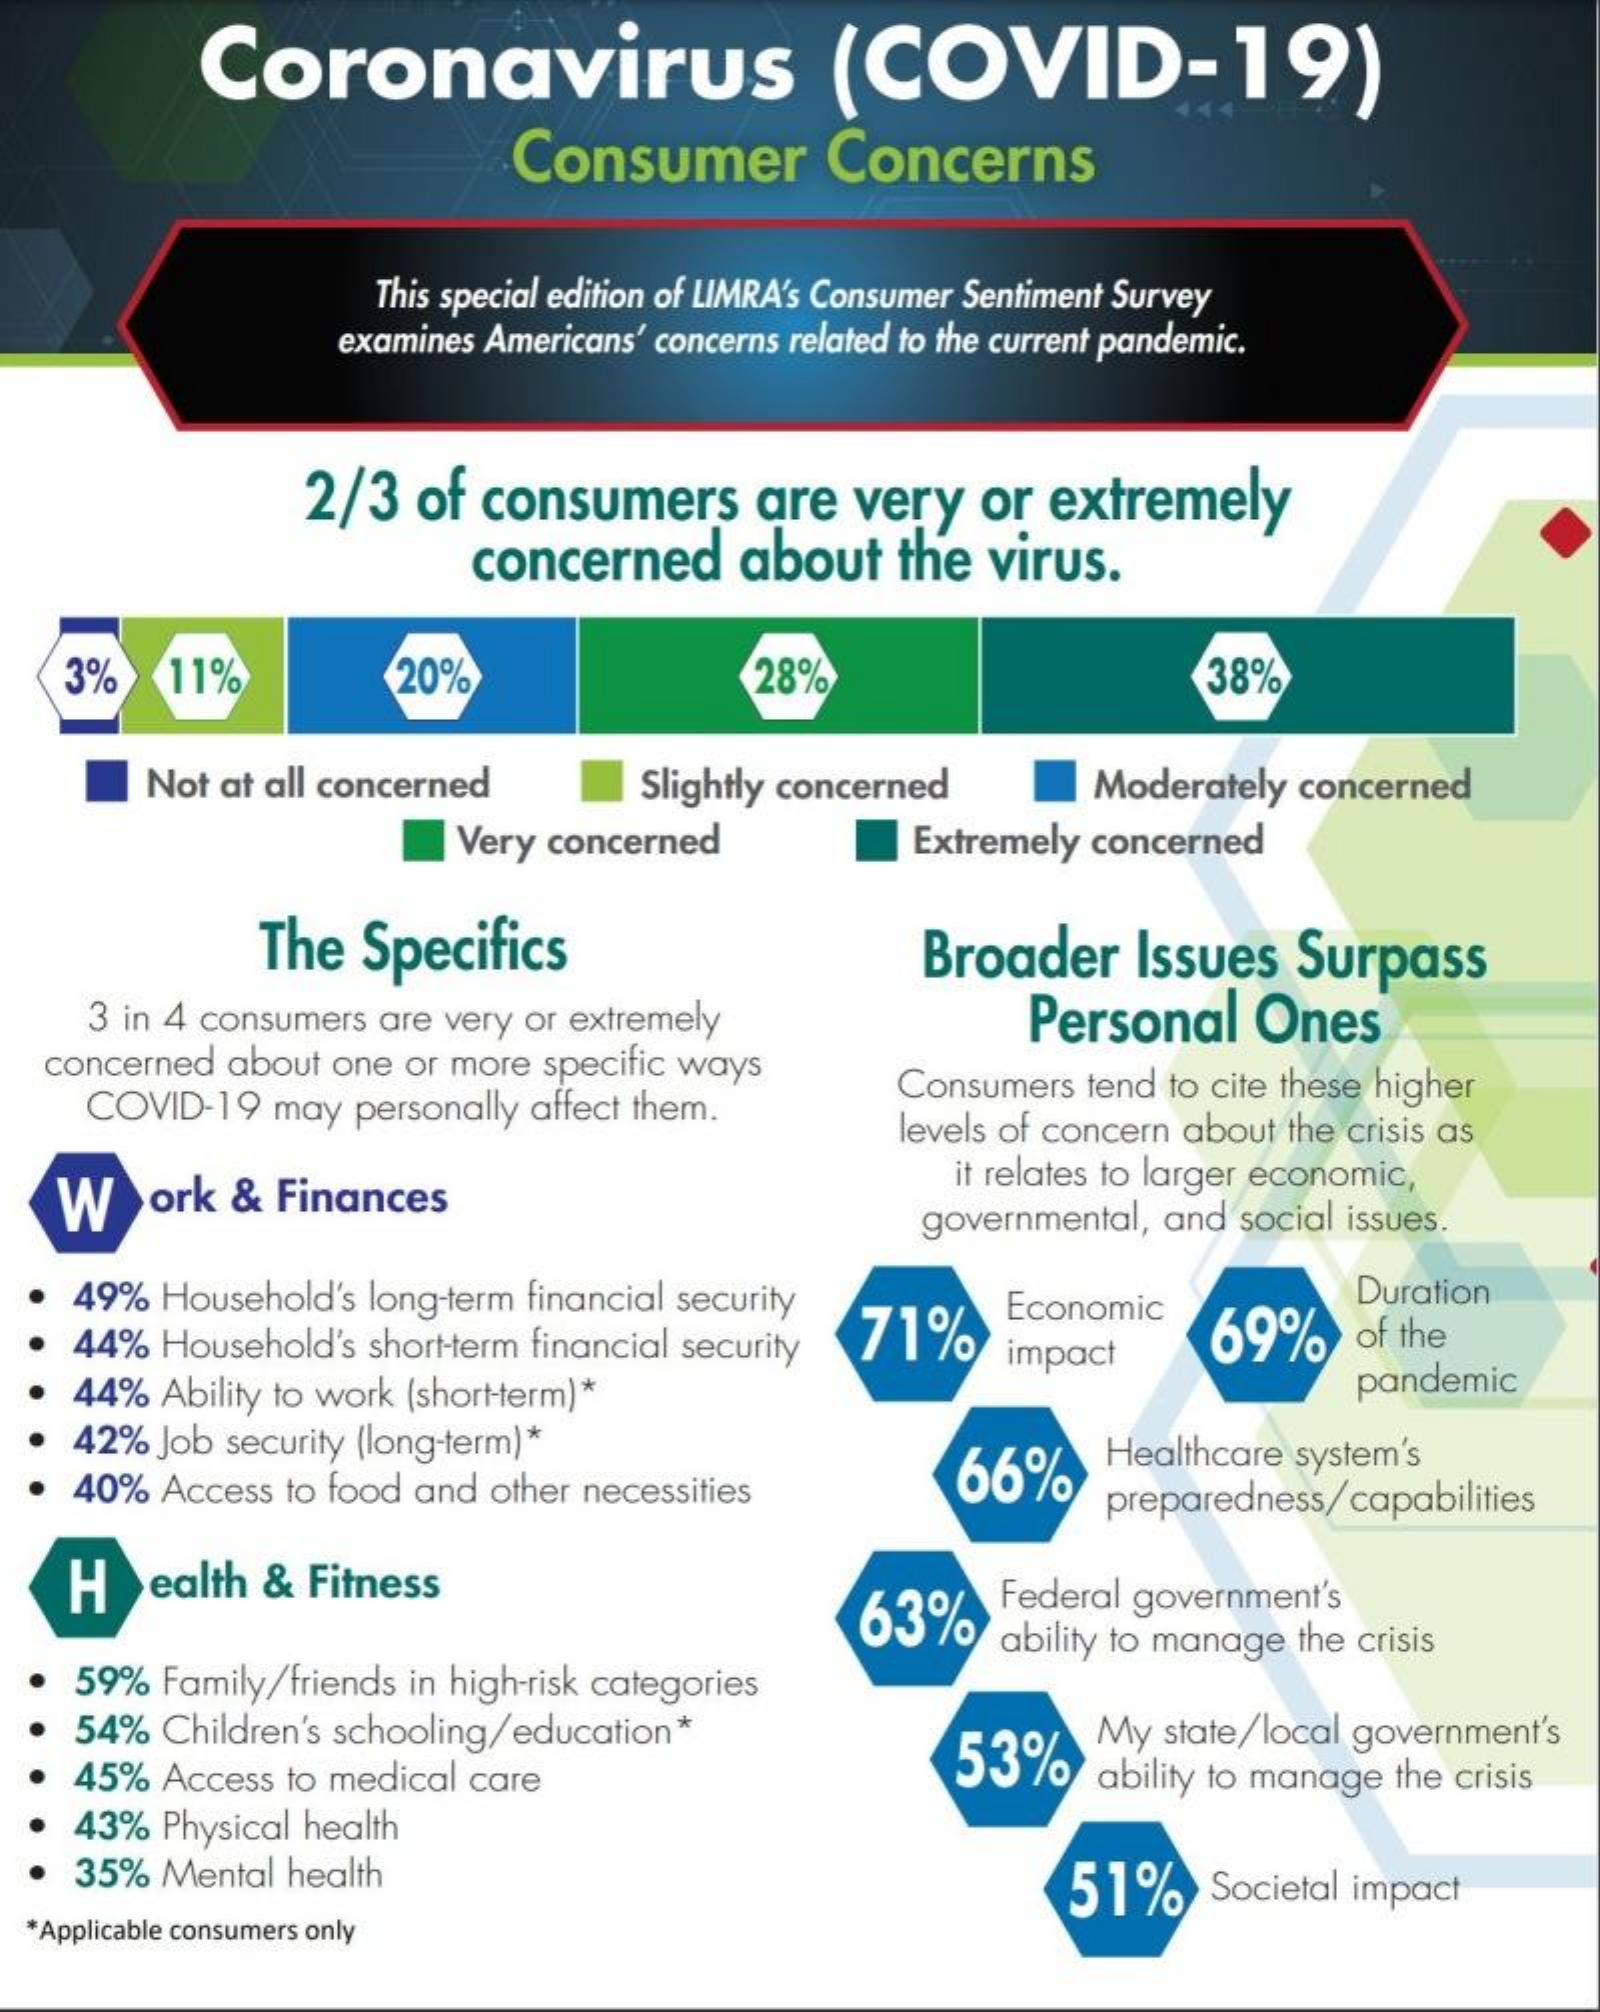
Coronavirus    (COVID-19)
     Consumer    Concerns
     This special edition of LIMRA's Consumer Sentiment Survey
     examines Americans' concerns related to the current pandemic.
     2/3 of consumers  are very or extremely
     concerned about the virus.
   3%  11%    20%    28%    38%
     Not at all concerned Slightly concerned Moderately concerned
     Very concerned    Extremely concerned
     The Specifics    Broader Issues Surpass
    3 in 4 consumers are very or extremely Personal Ones
  concerned about one or more specific ways
    COVID-19 may personally affect them.
     Consumers tend to cite these higher
     levels of concern about the crisis as
   W  ork & Finances
     it relates to larger economic,
     governmental, and social issues.
   49% Household's long-term financial security
     71%
     Economic    Duration
   44% Household's short-term financial security 69% of the
   44% Ability to work (short-term)*
     impact
     pandemic
   42% Job security (long-term) *
   40% Access to food and other necessities 66%
     Healthcare system's
     preparedness/capabilities
   H  ealth & Fitness
     63%
     Federal government's
     ability to manage the crisis
   59% Family/friends in high-risk categories
   54% Children's schooling/education*    My state/local government's
     53%  ability to manage the crisis 45% Access to medical care
   43% Physical health
   35% Mental health    51%  Societal impact
  *Applicable consumers only